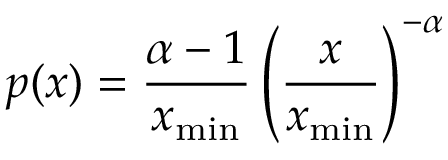
p ( x ) = { \frac { \alpha - 1 } { x _ { \operatorname* { m i n } } } } \left( { \frac { x } { x _ { \operatorname* { m i n } } } } \right) ^ { - \alpha }